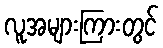
လူအများကြားတွင်